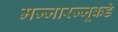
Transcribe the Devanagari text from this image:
मज्जारज्जूकडे